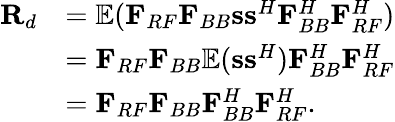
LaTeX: \begin{array}{rl}{{\mathbf{R}_{d}}}&{={\mathbb{E}}({{\mathbf{F}}_{RF}}{{\mathbf{F}}_{BB}}{\mathbf{ss}^{H}}{\mathbf{F}}_{BB}^{H}{\mathbf{F}}_{RF}^{H})}\\ &{={{\mathbf{F}}_{RF}}{{\mathbf{F}}_{BB}}{\mathbb{E}}({\mathbf{s}}{{\mathbf{s}}^{H}}){\mathbf{F}}_{BB}^{H}{\mathbf{F}}_{RF}^{H}}\\ &{={{\mathbf{F}}_{RF}}{{\mathbf{F}}_{BB}}{\mathbf{F}}_{BB}^{H}{\mathbf{F}}_{RF}^{H}.}\end{array}